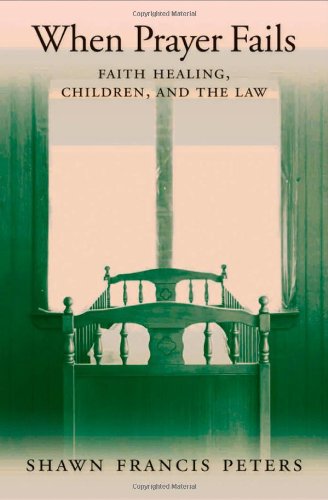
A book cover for When Prayer Fails: Faith Healing, Children, and the Law; Shawn Francis Peters; Law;